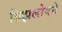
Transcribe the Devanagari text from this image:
ग्रिझलोवने